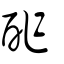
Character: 酢